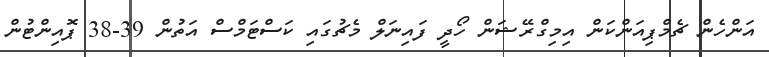
އަންހެން ޗެމްޕިއަންކަން އިމިގްރޭޝަން ހޯދީ ފައިނަލް މެޗުގައި ކަސްޓަމްސް އަތުން 39-38 ޕޮއިންޓުން